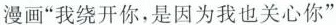
漫画”我绕开你，是因为我也关心你”